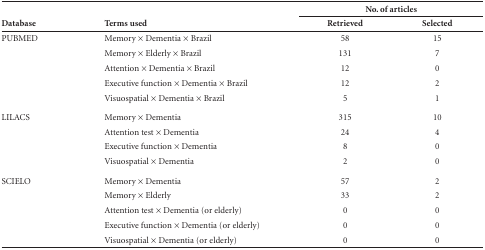
<table><thead><tr><td rowspan="2"><b>Database</b></td><td rowspan="2"><b>Terms used</b></td><td colspan="2"><b>No. of articles</b></td></tr><tr><td><b>Retrieved</b></td><td><b>Selected</b></td></tr></thead><tbody><tr><td>PUBMED</td><td>Memory × Dementia × Brazil</td><td>58</td><td>15</td></tr><tr><td> </td><td>Memory × Elderly × Brazil</td><td>131</td><td>7</td></tr><tr><td> </td><td>Attention × Dementia × Brazil</td><td>12</td><td>0</td></tr><tr><td> </td><td>Executive function × Dementia ×Brazil</td><td>12</td><td>2</td></tr><tr><td> </td><td>Visuospatial × Dementia × Brazil</td><td>5</td><td>1</td></tr><tr><td>LILACS</td><td>Memory × Dementia</td><td>315</td><td>10</td></tr><tr><td> </td><td>Attention test × Dementia</td><td>24</td><td>4</td></tr><tr><td> </td><td>Executive function × Dementia</td><td>8</td><td>0</td></tr><tr><td> </td><td>Visuospatial × Dementia</td><td>2</td><td>0</td></tr><tr><td>SCIELO</td><td>Memory × Dementia</td><td>57</td><td>2</td></tr><tr><td> </td><td>Memory × Elderly</td><td>33</td><td>2</td></tr><tr><td> </td><td>Attention test × Dementia (or elderly) </td><td>0</td><td>0</td></tr><tr><td> </td><td>Executive function × Dementia (or elderly)</td><td>0</td><td>0</td></tr><tr><td> </td><td>Visuospatial × Dementia (or elderly)</td><td>0</td><td>0</td></tr></tbody></table>